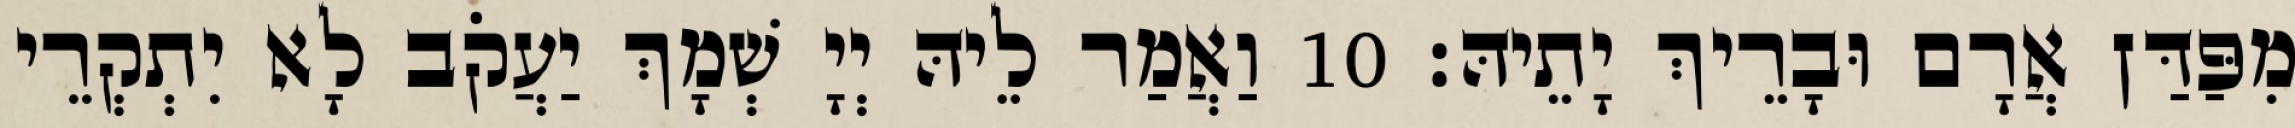
מִפַּדַּן אֲרָם וּבָרֵיךְ יָתֵיהּ׃ 10 וַאֲמַר לֵיהּ יְיָ שְׁמָךְ יַעֲקֹב לָא יִתְקְרֵי